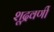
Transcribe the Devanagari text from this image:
शूद्रवर्णी